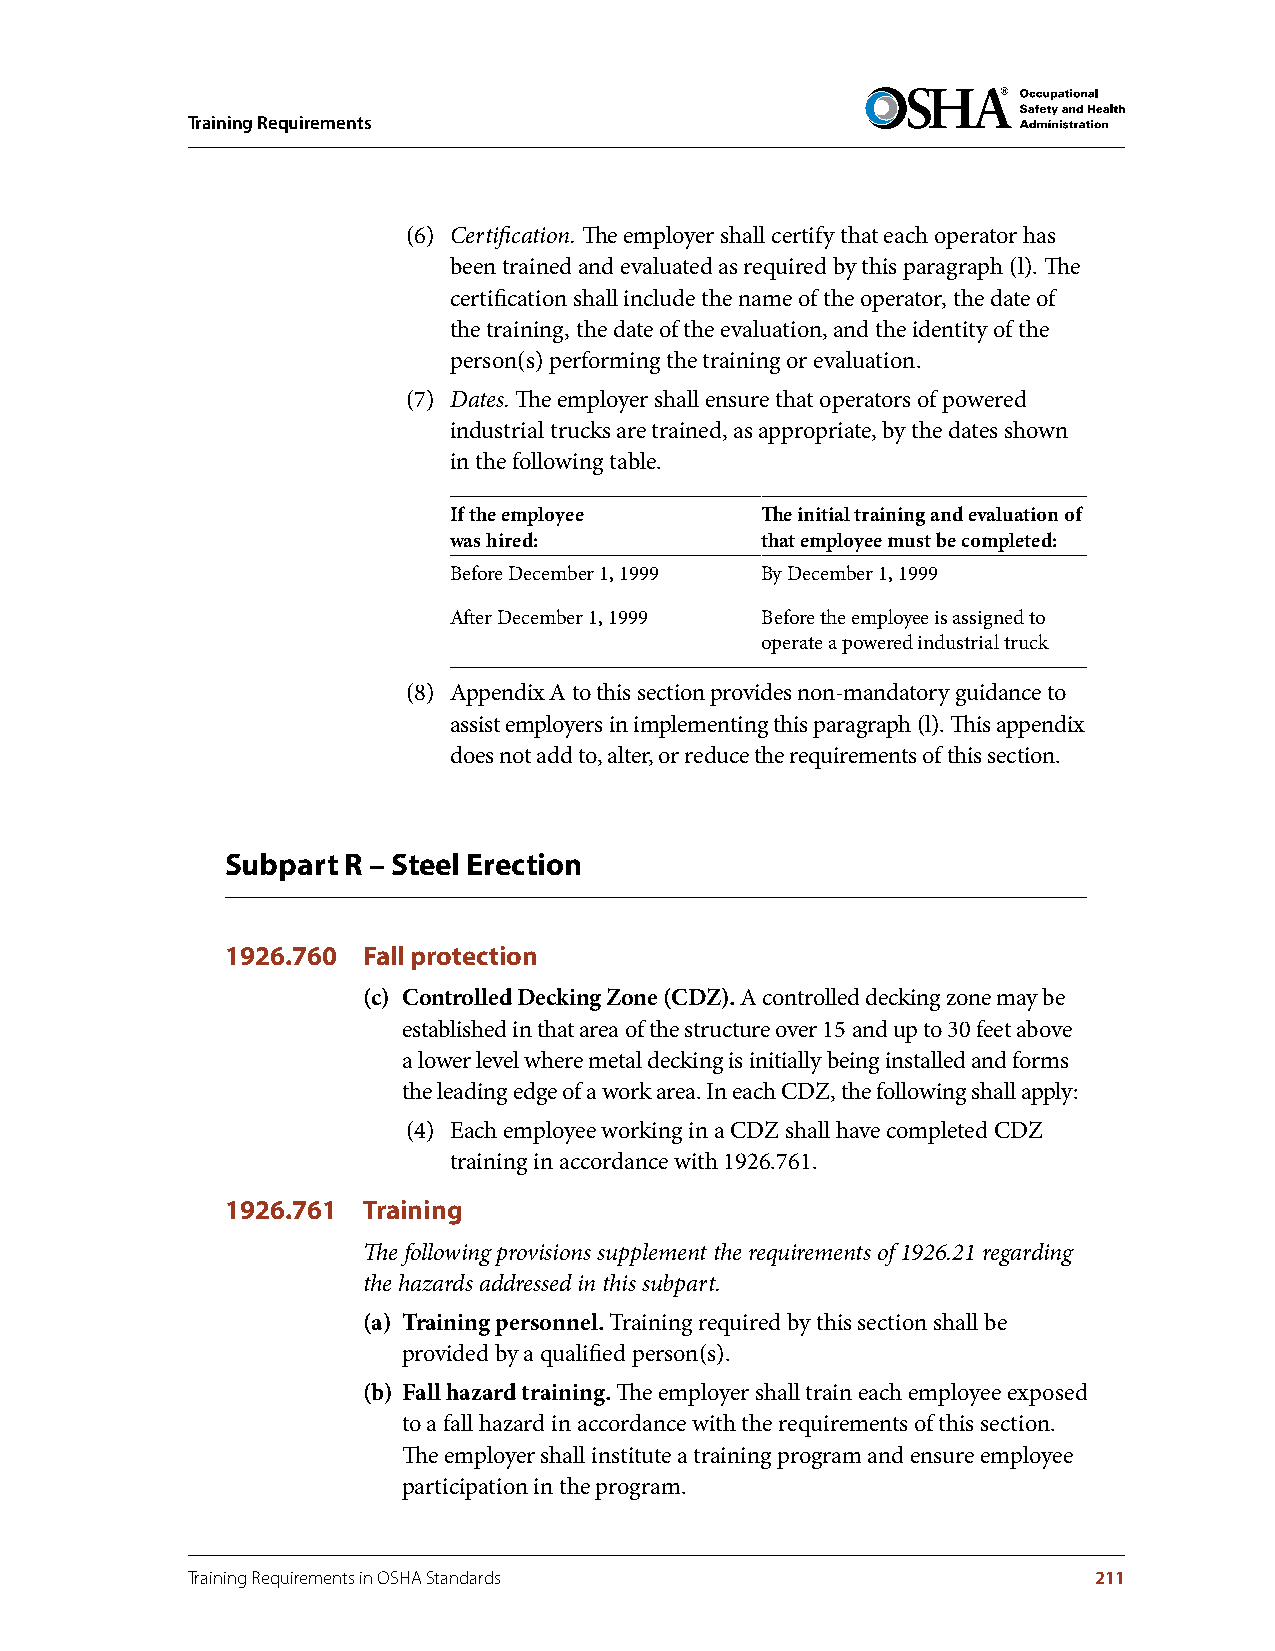
Training Requirements
 (6) Certification. The employer shall certify that each operator has
 been trained and evaluated as required by this paragraph (l). The
 certification shall include the name of the operator, the date of
 the training, the date of the evaluation, and the identity of the
 person(s) performing the training or evaluation.
 (7) Dates. The employer shall ensure that operators of powered
 industrial trucks are trained, as appropriate, by the dates shown
 in the following table.
 If the employee     The initial training and evaluation of
 was hired:          that employee must be completed:
 Before December 1, 1999 By December 1, 1999
 After December 1, 1999 Before the employee is assigned to
 operate a powered industrial truck
 (8) Appendix A to this section provides non-mandatory guidance to
 assist employers in implementing this paragraph (l). This appendix
 does not add to, alter, or reduce the requirements of this section.
 Subpart R – Steel Erection
 1926.760 Fall protection
 (c) Controlled Decking Zone (CDZ) . A controlled decking zone may be
 established in that area of the structure over 15 and up to 30 feet above
 a lower level where metal decking is initially being installed and forms
 the leading edge of a work area. In each CDZ, the following shall apply:
 (4) Each employee working in a CDZ shall have completed CDZ
 training in accordance with 1926.761.
 1926.761 Training
 The following provisions supplement the requirements of 1926.21 regarding
 the hazards addressed in this subpart.
 (a) Training personnel . Training required by this section shall be
 provided by a qualified person(s).
 (b) Fall hazard training . The employer shall train each employee exposed
 to a fall hazard in accordance with the requirements of this section.
 The employer shall institute a training program and ensure employee
 participation in the program.
 Training Requirements in OSHA Standards                     211